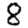
Digit: 8